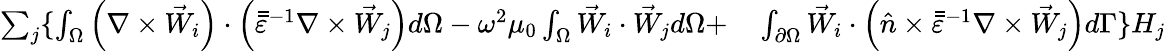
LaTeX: \begin{array}{rl}{\sum_{j}\{ \int_{\Omega}\left(\nabla\times\vec{W}_{i}\right)\cdot\left(\bar{\bar{\varepsilon}}^{-1}\nabla\times\vec{W}_{j}\right)d\Omega-\omega^{2}\mu_{0}\int_{\Omega}\vec{W}_{i}\cdot\vec{W}_{j}d\Omega+}&{{}\int_{\partial\Omega}\vec{W}_{i}\cdot\left(\hat{n}\times\bar{\bar{\varepsilon}}^{-1}\nabla\times\vec{W}_{j}\right)d\Gamma\} H_{j}}\end{array}